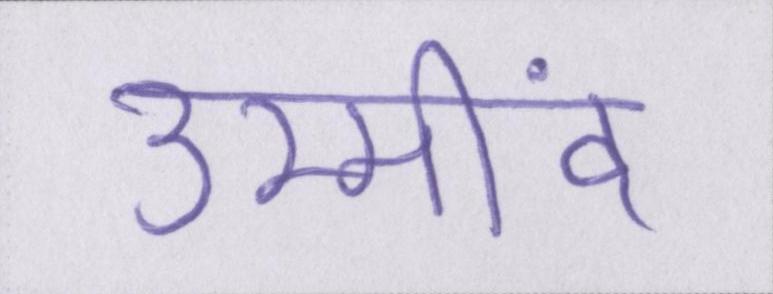
उम्मींद